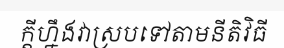
ក្តីហ្នឹងវាស្របទៅតាមនីតិវិធី